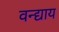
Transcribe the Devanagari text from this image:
वन्द्याय